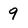
Character: 9